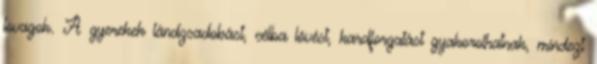
lovagok. A gyerekek lándzsadobást, célba lövést, kardforgatást gyakorolhatnak, mindezt